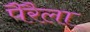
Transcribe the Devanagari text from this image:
पैरैला